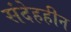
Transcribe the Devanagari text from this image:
संदेहहीन